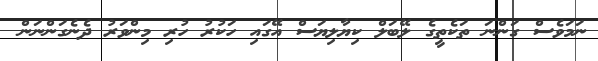
ނަމަވެސް ގަންނަ ތަކެތީގެ ލޭބަލް ކިޔާލިޔަސް އޭގައި ހަކުރު ހުރި މިންވަރު ދެނެގަންނަން